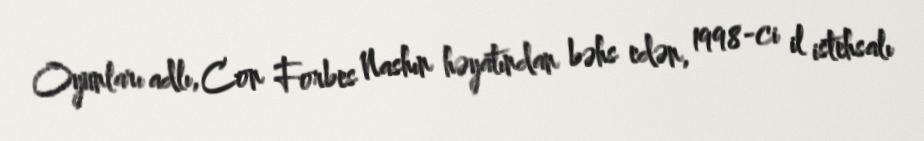
Oyunları adlı, Con Forbes Nashın həyatından bəhs edən, 1998-ci il istehsalı